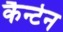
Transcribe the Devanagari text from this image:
कैन्टेन